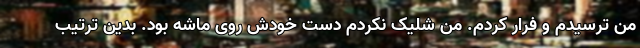
من ترسیدم و فرار کردم. من شلیک نکردم دست خودش روی ماشه بود. بدین ترتیب